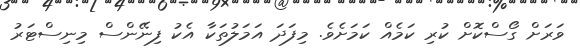
ވަރަށް ގޯސްކޮށް ކުރި ކަމެއް ކަމަށެވެ. މިފަދަ އަމަލުތަކާ އެކު ފިނޭންސް މިނިސްޓަރު